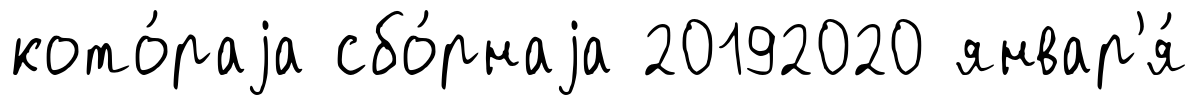
кото́раjа сбо́рнаjа 20192020 январ'я́